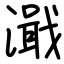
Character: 濈